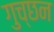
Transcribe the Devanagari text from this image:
गुच्छन